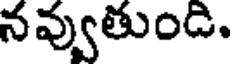
నవ్వుతుండి.